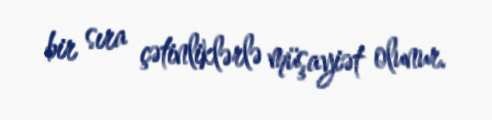
bir sıra çətinliklərlə müşayiət olunur.